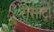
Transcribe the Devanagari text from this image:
रोसाटो